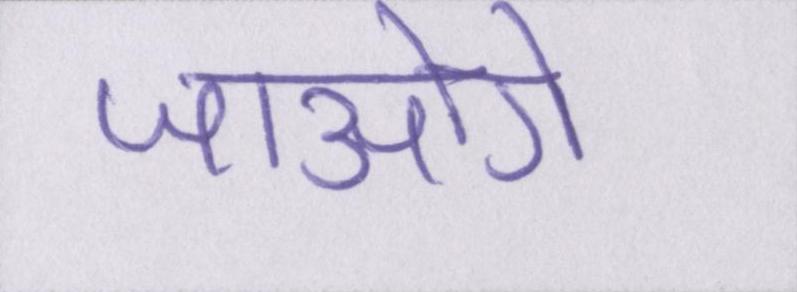
जाओगे